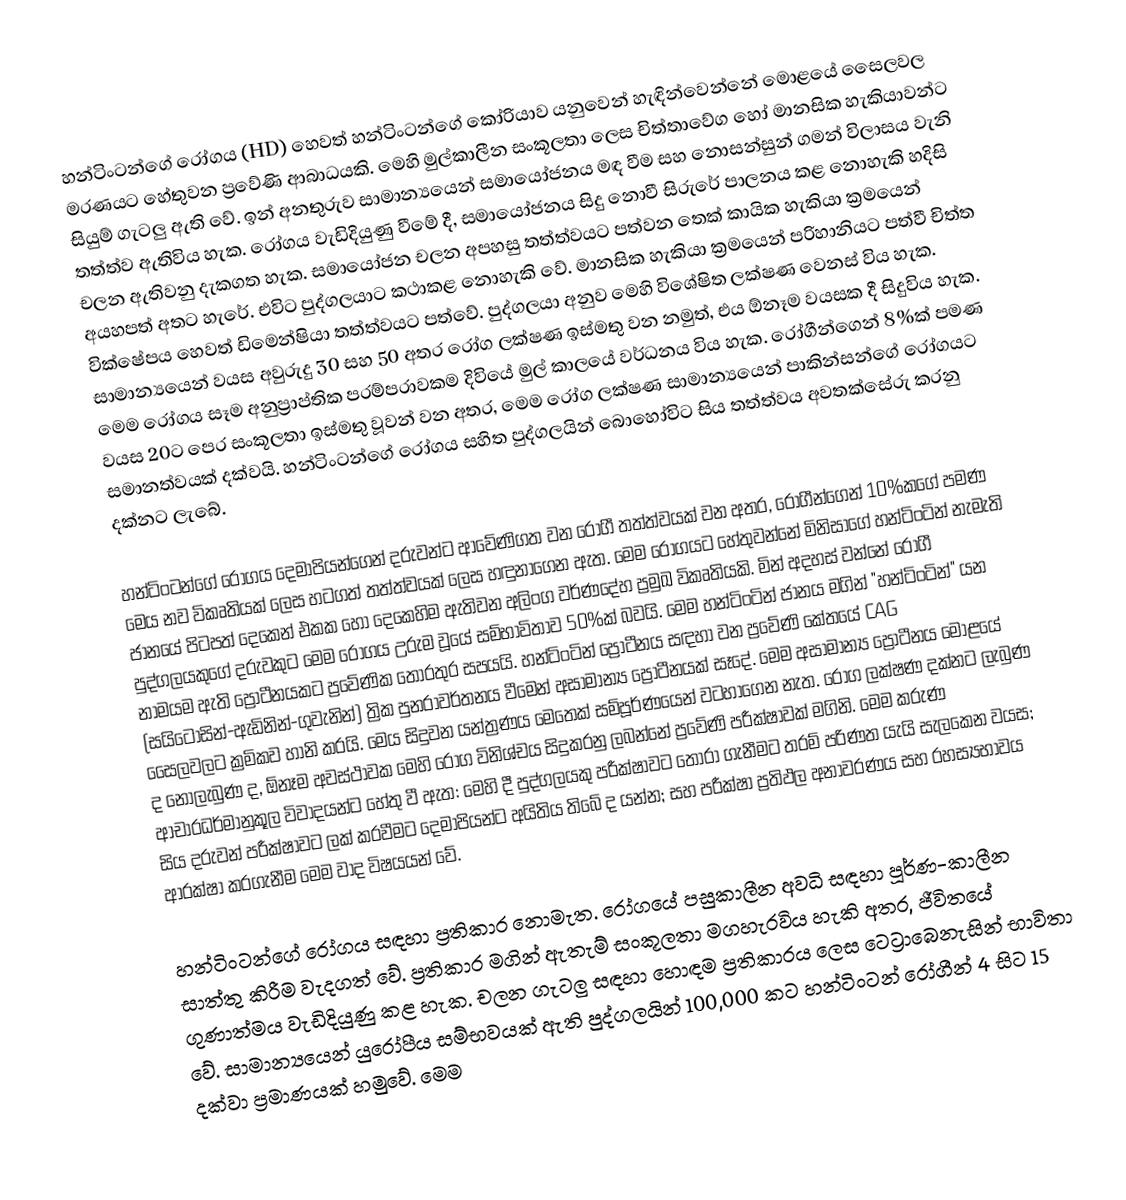
හන්ටිංටන්ගේ රෝගය (HD) හෙවත් හන්ටිංටන්ගේ කෝරියාව යනුවෙන් හැඳින්වෙන්නේ මොළයේ සෛලවල මරණයට හේතුවන ප්‍රවේණි ආබාධයකි‍. මෙහි මුල්කාලීන සංකූලතා ලෙස චිත්තාවේග හෝ මානසික හැකියාවන්ට සියුම් ගැටලු ඇති වේ. ඉන් අනතුරුව සාමාන්‍යයෙන් සමායෝජනය මඳ වීම සහ නොසන්සුන් ගමන් විලාසය වැනි තත්ත්ව ඇතිවිය හැක. රෝගය වැඩිදියුණු වීමේ දී, සමායෝජනය සිදු නොවී සිරුරේ පාලනය කළ නොහැකි හදිසි චලන ඇතිවනු දැකගත හැක. සමායෝජන චලන අපහසු තත්ත්වයට පත්වන තෙක් කායික හැකියා ක්‍රමයෙන් අයහපත් අතට හැරේ. එවිට පුද්ගලයාට කථාකළ නොහැකි වේ. මානසික හැකියා ක්‍රමයෙන් පරිහානියට පත්වී චිත්ත වික්ෂේපය හෙවත් ඩිමෙන්ෂියා තත්ත්වයට පත්වේ. පුද්ගලයා අනුව මෙහි විශේෂිත ලක්ෂණ වෙනස් විය හැක. සාමාන්‍යයෙන් වයස අවුරුදු 30 සහ 50 අතර රෝග ලක්ෂණ ඉස්මතු වන නමුත්, එය ඕනෑම වයසක දී සිදුවිය හැක. මෙම රෝගය සෑම අනුප්‍රාප්තික පරම්පරාවකම දිවියේ මුල් කාලයේ වර්ධනය විය හැක. රෝගීන්ගෙන් 8%ක් පමණ වයස 20ට පෙර සංකූලතා ඉස්මතු වූවන් වන අතර, මෙම රෝග ලක්ෂණ සාමාන්‍යයෙන් පාකින්සන්ගේ රෝගයට සමානත්වයක් දක්වයි. හන්ටිංටන්ගේ රෝගය සහිත පුද්ගලයින් බොහෝවිට සිය තත්ත්වය අවතක්සේරු කරනු දක්නට ලැබේ.

හන්ටිංටන්ගේ රෝගය දෙමාපියන්ගෙන් දරුවන්ට ආවේණිගත වන රෝගී තත්ත්වයක් වන අතර, රෝගීන්ගෙන් 10%කගේ පමණ මෙය නව විකෘතියක් ලෙස හටගත් තත්ත්වයක් ලෙස හඳුනාගෙන ඇත. මෙම රෝගයට හේතුවන්නේ මිනිසාගේ හන්ටිංටින් නැමැති ජානයේ පිටපත් දෙකෙන් එකක හෝ දෙකෙහිම ඇතිවන අලිංග වර්ණදේහ ප්‍රමුඛ විකෘතියකි. මින් අදහස් වන්නේ රෝගී පුද්ගලයකුගේ දරුවකුට මෙම රෝගය උරුම වූයේ සම්භාවිතාව 50%ක් බවයි. මෙම හන්ටිංටින් ජානය මගින් "හන්ටිංටින්" යන නාමයම ඇති ප්‍රෝටීනයකට ප්‍රවේණික තොරතුර සපයයි. හන්ටිංටින් ප්‍රෝටීනය සඳහා වන ප්‍රවේණි කේතයේ CAG (සයිටොසින්-ඇඩිනින්-ගුවැනින්) ත්‍රික පුනරාවර්තනය වීමෙන් අසාමාන්‍ය ප්‍රෝටීනයක් සෑදේ. මෙම අසාමාන්‍ය ප්‍රෝටීනය මොළයේ සෛලවලට ක්‍රමිකව හානි කරයි. මෙය සිදුවන යන්ත්‍රණය මෙතෙක් සම්පූර්ණයෙන් වටහාගෙන නැත. රෝග ලක්ෂණ දක්නට ලැබුණ ද නොලැබුණ ද, ඕනෑම අවස්ථාවක මෙහි රෝග විනිශ්චය සිදුකරනු ලබන්නේ ප්‍රවේණි පරීක්ෂාවක් මගිනි. මෙම කරුණ ආචාරධර්මානුකූල විවාදයන්ට හේතු වී ඇත: මෙහි දී පුද්ගලයකු පරීක්ෂාවට තෝරා ගැනීමට තරම් පරිණත යැයි සැලකෙන වයස; සිය දරුවන් පරීක්ෂාවට ලක් කරවීමට දෙමාපියන්ට අයිතිය තිබේ ද යන්න; සහ පරීක්ෂා ප්‍රතිඵල අනාවරණය සහ රහස්‍යභාවය ආරක්ෂා කරගැනීම මෙම වාද විෂයයන් වේ.

හන්ටිංටන්ගේ රෝගය සඳහා ප්‍රතිකාර නොමැත. රෝගයේ පසුකාලීන අවධි සඳහා පූර්ණ-කාලීන සාත්තු කිරීම වැදගත් වේ. ප්‍රතිකාර මගින් ඇතැම් සංකූලතා මගහැරවිය හැකි අතර, ජීවිතයේ ගුණාත්මය වැඩිදියුණු කළ හැක. චලන ගැටලු සඳහා හොඳම ප්‍රතිකාරය ලෙස ටෙට්‍රාබෙනැසින් භාවිතා වේ. සාමාන්‍යයෙන් යුරෝපීය සම්භවයක් ඇති පුද්ගලයින් 100,000 කට හන්ටිංටන් රෝගීන් 4 සිට 15 දක්වා ප්‍රමාණයක් හමුවේ. මෙම